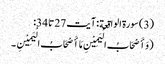
(3) سورة الواقعة : آیت 27 تا 34:
( وَ أَصْحَابُ الْیَمِیْنِ مَا أَصْحَابُ الْیَمِیْنِ ۔